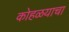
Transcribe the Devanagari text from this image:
कोहळयाचा